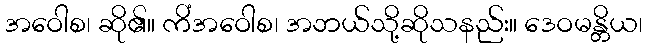
အဝေါစ၊ ဆို၏။ ကိံအဝေါစ၊ အဘယ်သို့ဆိုသနည်း။ ဒေဝမန္တိယ၊